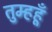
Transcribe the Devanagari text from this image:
तुम्हहूँ